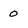
Character: 0